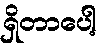
ရှိတာပေါ့